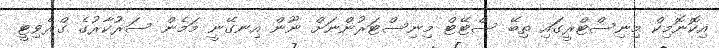
އިކޮނޮމިކް މިނިސްޓްރީގަައި ތިބޭ ސްޓޭޓް މިނިސްޓަރުންނަށް ނޫން އިނގޭނީ މަމެން ސަރުކާރުގެ ގްރެވިޓީ